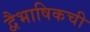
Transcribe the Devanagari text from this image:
द्वैभाषिकची